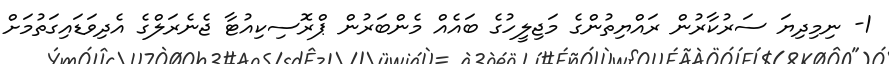
1- ނިމިދިޔަ ސަރުކާރުން ރައްޔިތުންގެ މަޖިލީހުގެ ބައެއް މެންބަރުން ޕްރޮސިކިއުޓާ ޖެނެރަލްގެ އެދިވަޑައިގަތުމަށް